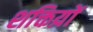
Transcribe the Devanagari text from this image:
शक्तिय़ों